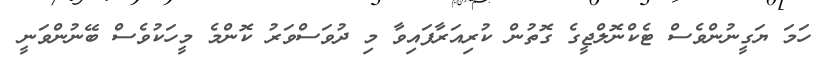
ހަމަ ޔަގީނުންވެސް ޓެކްނޮލްޖީގެ ގޮތުން ކުރިއަރާފައިވާ މި ދުވަސްވަރު ކޮންމެ މީހަކުވެސް ބޭނުންވަނީ